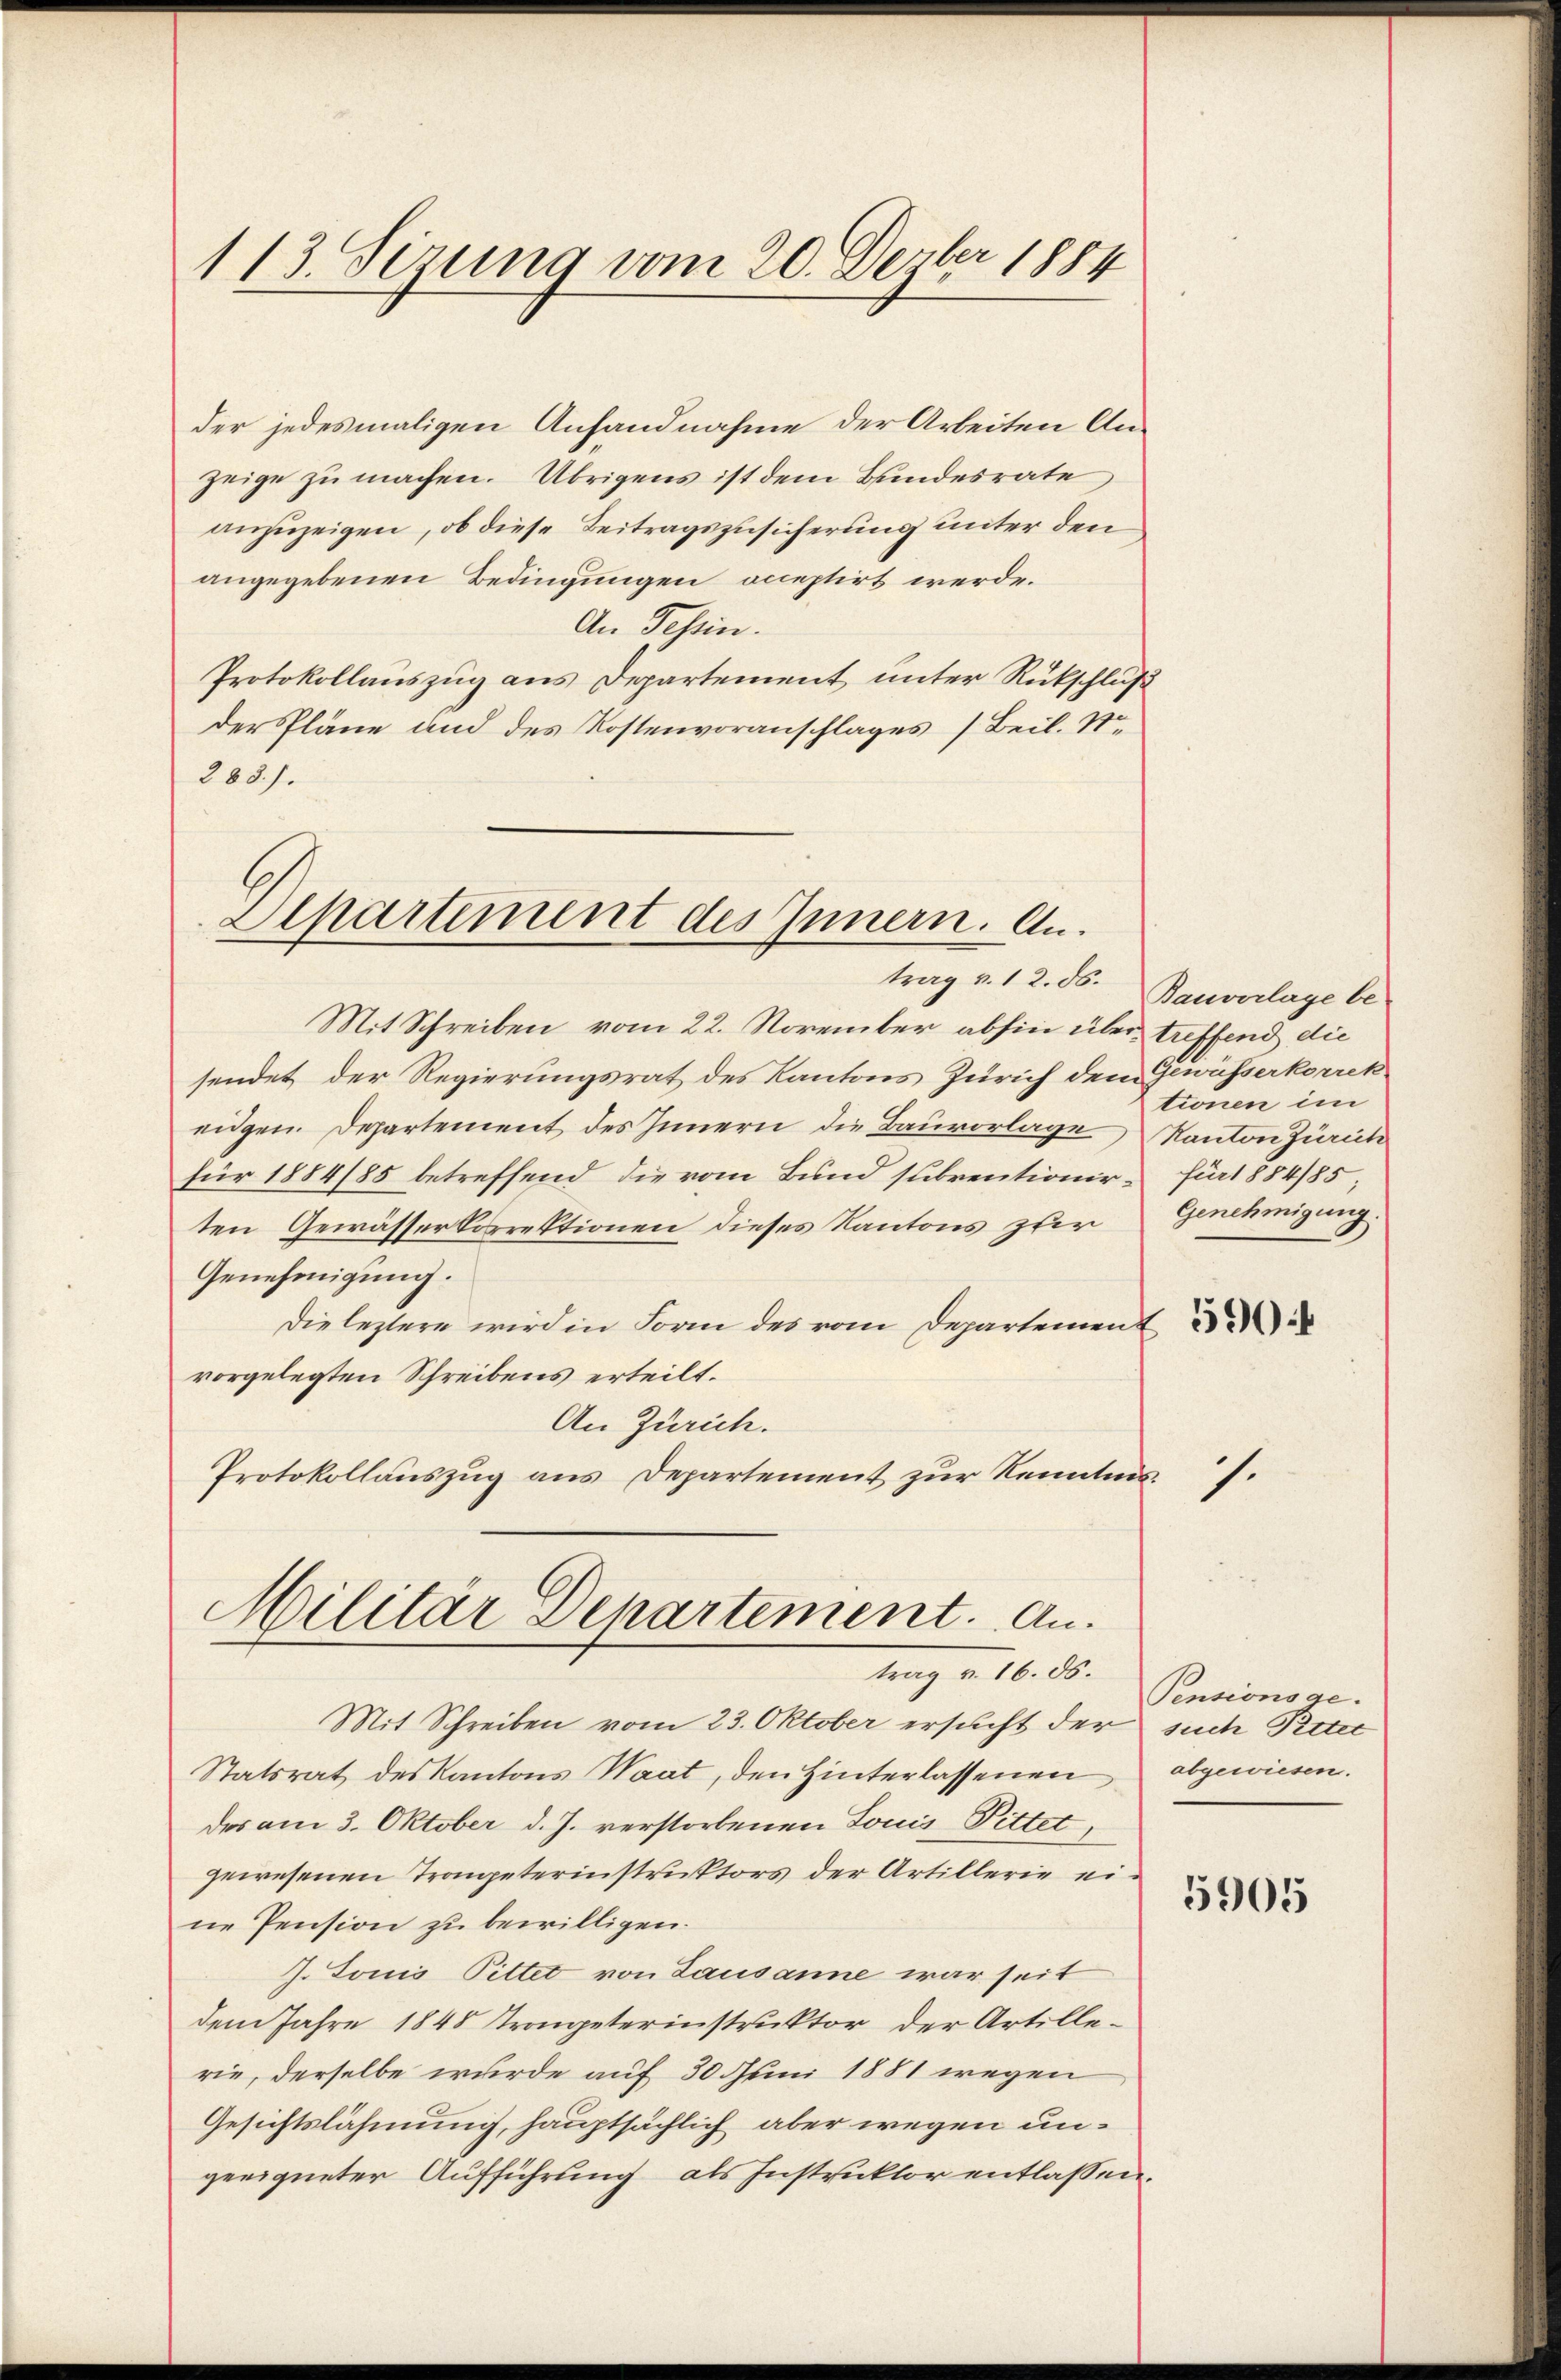
113. Serung vom 20. Dezbr 1884

der jedesmaligen Anfandnahme der Arbeiten Anzeige zu machen. Übrigens ist dem Bundesrate
anzuzeigen, ob diese Beitragszusicherung unter den
angegebenen Bedingungen oceptirt werde.
An Tessin.
Protokollauszug aus Departement unter Rückschluß
der Pläne und des Kostenvoranschlages (Beil. S.
288).

Aipartement des Innern. An¬

Mit Schreiben vom 22. November abhin über treffend die
sendet der Regierungsrat des Kantons Zürich dem Gewässerkorrek-
eidgen. Departement des Innern die Bauvorlage Kanton Zürich
für 1884/85 betreffend die vom Bund subrentionir- für 1884/85
ten Gewässerkorrektionen dieses Kantons zur
Genehmigung.
Die leztere wird in Form des vom Departement
vorgelegten Schreibens erteilt.
An Zürich.
Protokollauszug aus Departement zur Kenntnis.

Militär Departement. Antrag v. 16. ds.

trag v. 12. ds. Bauverlage be
tionen im
Genehmigung.

Mit Schreiben vom 23. Oktober ersucht der such Peter
Statsrat des Kantons Waat, den Hinterlassenen
der am 3. Oktober d. J. verstorbenen Louis Pittet,
gewesenen Trompeterinstruktors der Artillerie eine Pension zu bewilligen.
J. Louis Pittet von Lausanne war seit
dem Jahre 1848 Trompeterinstruktor der Artillerie, derselbe wurde auf 30 Juni 1881 wegen
Gesichtslähmung, hauptsächlich aber wegen ungeeigneter Aufführung als Instruktor entlassen.

s.

Pensionsge
abgewiesen.

5905